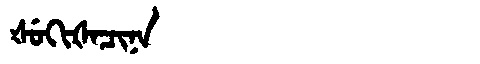
Manchu: ᡧᡠᡴᡳᡧᠠᠴᡳᠨᠠ
Romanization: ŠUKIŠACINA